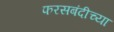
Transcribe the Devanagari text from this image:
फरसबंदीच्या